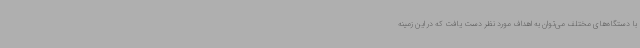
با دستگاه‌های مختلف می‌توان به اهداف مورد نظر دست یافت که در این زمینه